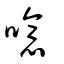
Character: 噫